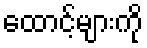
ထောင့်များကို